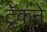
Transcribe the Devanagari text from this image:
ट्रॅकने